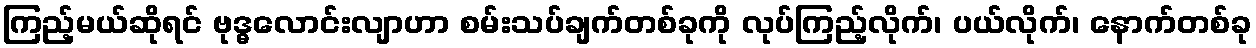
ကြည့်မယ်ဆိုရင် ဗုဒ္ဓလောင်းလျာဟာ စမ်းသပ်ချက်တစ်ခုကို လုပ်ကြည့်လိုက်၊ ပယ်လိုက်၊ နောက်တစ်ခု